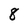
Character: 8